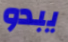
يبدو